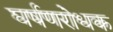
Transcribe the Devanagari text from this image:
घर्षणरोधक